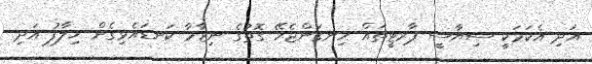
އަދި އެކަމަކީ ސިޔާސީ ޕާރޓީތައް ހިނގަންޖެހޭ ގޮތުގެ ނިޒާމާ ކަނޑައެޅިގެން ޚިލާފު އަދި